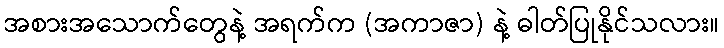
အစားအသောက်တွေနဲ့ အရက်က (အကာဇာ) နဲ့ ဓါတ်ပြုနိုင်သလား။